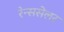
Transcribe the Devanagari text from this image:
रेन्ससेलर